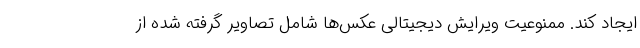
ایجاد کند. ممنوعیت ویرایش دیجیتالی عکس‌ها شامل تصاویر گرفته شده از